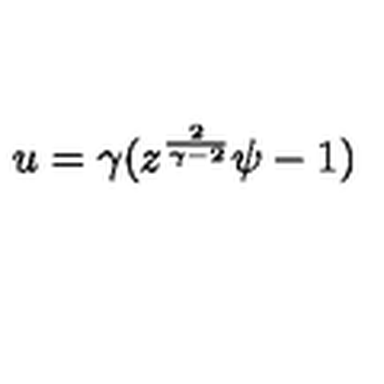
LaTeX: u = \gamma ( z ^ { \frac { 2 } { \gamma - 2 } } \psi - 1 )